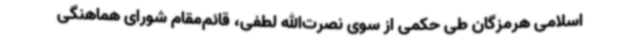
اسلامی هرمزگان طی حکمی از سوی نصرت‌الله لطفی، قائم‌مقام شورای هماهنگی